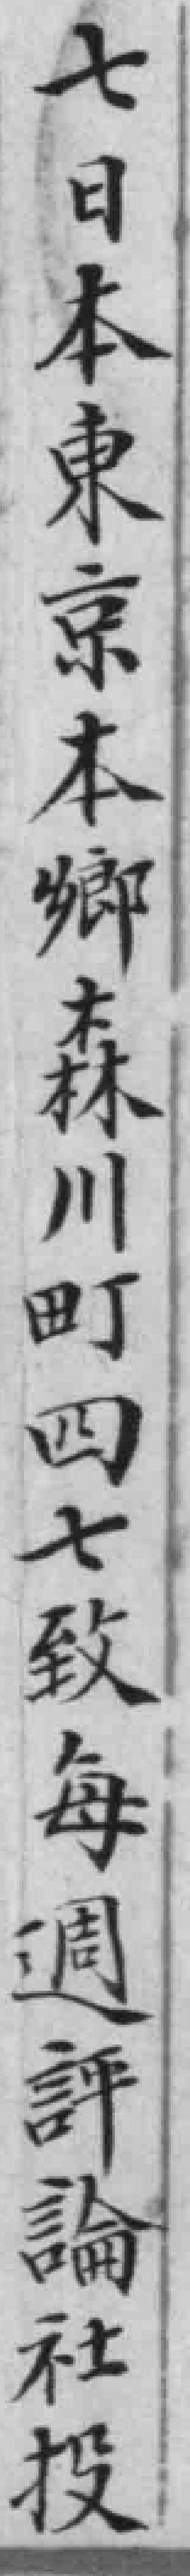
七日本東京本鄉森林川町四七致每週評論社投